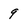
Character: 9